Civil Veterinary Dept. Bombay admin report 1893-99 - 1893-1899
Year: 1893
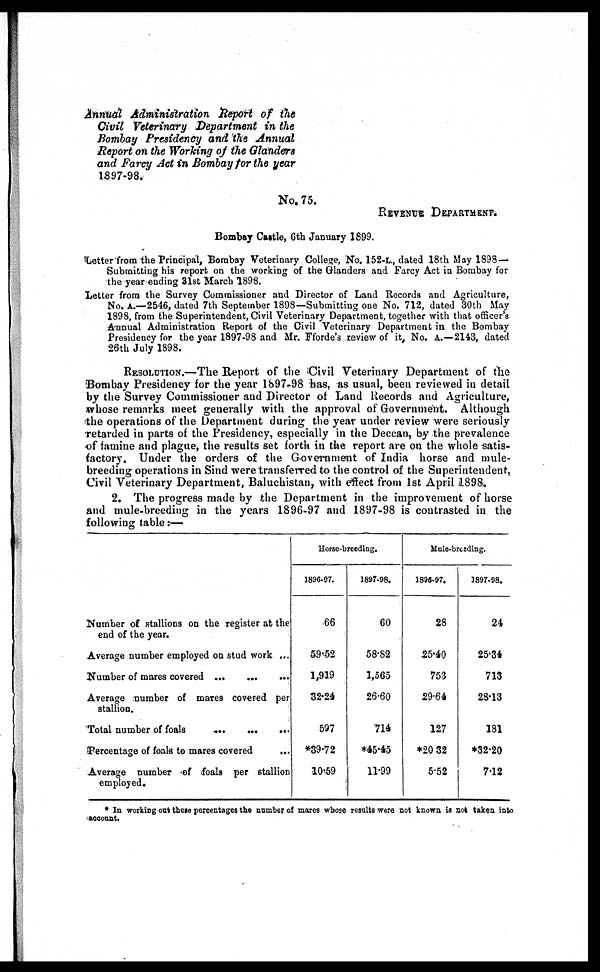
Annual Administration Report of the
Civil Veterinary Department in the
Bombay Presidency and the Annual
Report on the Working of the Glanders
and Farcy Act in Bombay for the year
1897-98.
No. 75.
REVENUE DEPARTMENT.
Bombay Castle, 6th January 1899.
Letter from the Principal, Bombay Veterinary College, No. 152-L., dated 18th May 1898 —
Submitting his report on the working of the Glanders and Farcy Act in Bombay for
the year ending 31st March 1898.
Letter from the Survey Commissioner and Director of Land Records and Agriculture,
No. A.—2546, dated 7th September 1898—Submitting one No. 712, dated 30th May
1898, from the Superintendent, Civil Veterinary Department, together with that officer's
Annual Administration Report of the Civil Veterinary Department in the Bombay
Presidency for the year 1897-98 and Mr. Fforde's review of it, No. A.—-2143, dated
26th July 1898.
RESOLUTION.—The Report of the Civil Veterinary Department of the
Bombay Presidency for the year 1897-98 has, as usual, been reviewed in detail
by the Survey Commissioner and Director of Land Records and Agriculture,
whose remarks meet generally with the approval of Government. Although
the operations of the Department during the year under review were seriously
retarded in parts of the Presidency, especially in the Deccan, by the prevalence
of famine and plague, the results set forth in the report are on the whole satis-
factory. Under the orders of the Government of India horse and mule-
breeding operations in Sind were transferred to the control of the Superintendent,
Civil Veterinary Department, Baluchistan, with effect from 1st April 1898.
2. The progress made by the Department in the improvement of horse
and mule-breeding in the years 1896-97 and 1897-98 is contrasted in the
following table :—
Number of stallions on the register at the
end of the year.
Average number employed on stud work ...
Number of mares covered ... … …
Average number of mares covered per
stallion.
Total number of foals … … …
Percentage of foals to mares covered …
Average number of foals per stallion
employed.
Horse-breeding.
1896-97.
66
59.52
1,919
32.24
597
*39.72
10.59
1897-98.
60
58.82
1,565
26.60
714
*45.45
11.99
Mule-breeding.
1896-97.
28
25.40
753
29.64
127
*20 32
5.52
1897-98.
24
25.34
713
28.13
181
*32.20
7.12
* In working out these percentages the number of mares whose results were not known is not taken into
account.